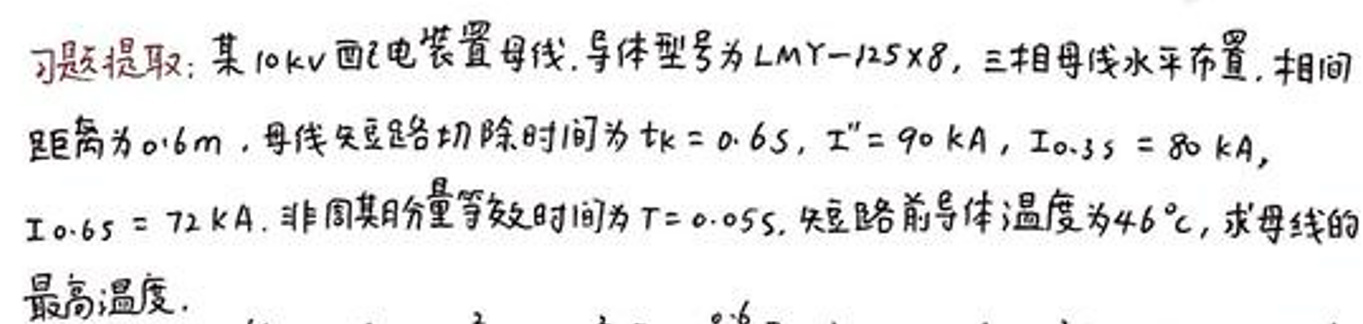
题目提取：某10kV配电装置母线，导体型号为LMY-125×8，三相母线水平布置，相间距离为0.6m，母线短路切除时间为\(t_k = 0.65\)，\(I'' = 90kA\)，\(I_{0.35} = 80kA\)，\(I_{0.65} = 72kA\)，非周期分量等效时间为\(T = 0.055\)，短路前导体温度为\(46^{\circ}C\)，求母线的最高温度。